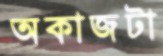
অকাজটা